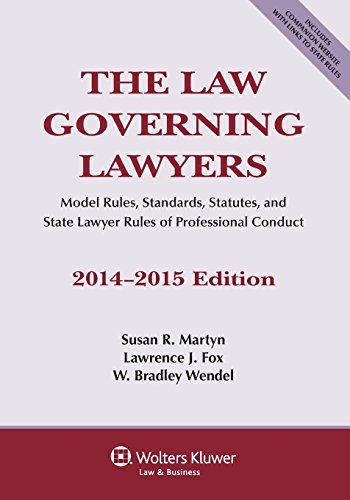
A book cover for The Law Governing Lawyers, National Rules, Standards, Statutes, and State Lawyer Codes, 2014-2015 Edition; Susan R. Martyn; Law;